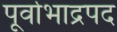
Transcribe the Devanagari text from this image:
पूर्वाभाद्रपद